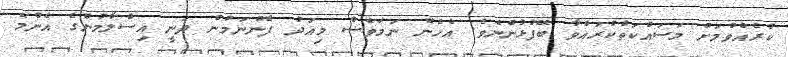
ކުރެއްވުމަށް މަސައްކަތްކުރައްވާ ބޭފުޅުންނެވެ. އެހެން ނަމަވެސް މިއަދު ފެންނަމުން ދަނީ އިސްލާމުންގެ އެންމެ